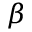
\beta